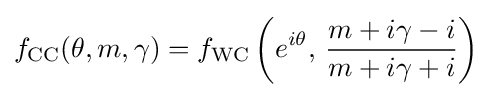
f_{\text{CC}}(\theta ,m,\gamma )=f_{\text{WC}}\left(e^{i\theta },\,{\frac {m+i\gamma -i}{m+i\gamma +i}}\right)